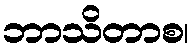
ဘာသိတာစ၊